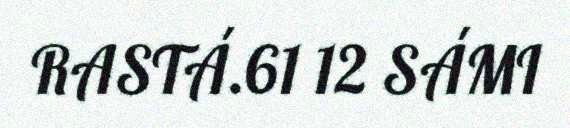
RASTÁ.61 12 SÁMI